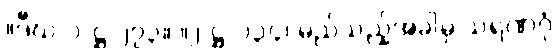
။ဒီဃ-၁-ဋ္ဌ-၂၇၃။ ။၂-ဋ္ဌ-၁၃၄၊ မည်သည့်အခါမှ သရဏဂုံ